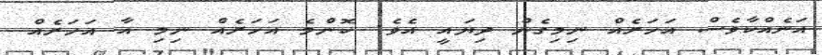
އަނެއްކާވެސް އަހަރެއް ނިމިގެން ދިޔައީ އެވެ. ކޮންމެ އަހަރެއް ނިމި އާ އަހަރެއް